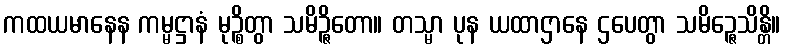
ကထယမာနေန ကမ္မဋ္ဌာနံ မုဉ္စိတွာ သမိဉ္ဇိတော။ တသ္မာ ပုန ယထာဌာနေ ဌပေတွာ သမိဉ္ဇေသိန္တိ။